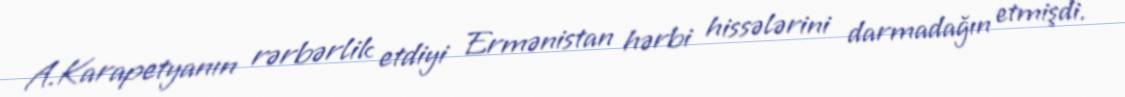
A.Karapetyanın rərbərlik etdiyi Ermənistan hərbi hissələrini darmadağın etmişdi.